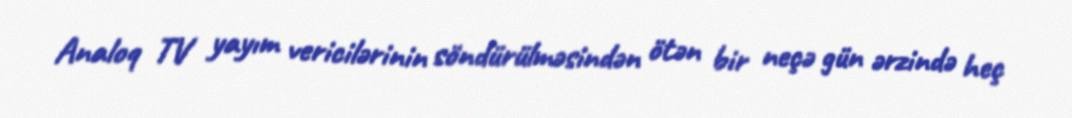
Analoq TV yayım vericilərinin söndürülməsindən ötən bir neçə gün ərzində heç